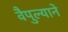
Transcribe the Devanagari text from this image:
वैपुल्याने